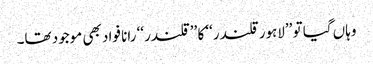
وہاں گیا تو ’’لاہور قلندر‘‘ کا ’’قلندر‘‘ رانا فواد بھی موجود تھا۔